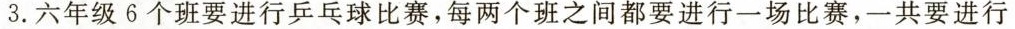
3. 六年级 6 个班要进行乒乓球比赛，每两个班之间都要进行